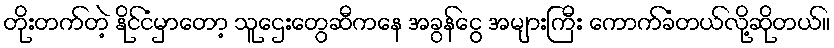
တိုးတက်တဲ့ နိုင်ငံမှာတော့ သူဌေးတွေဆီကနေ အခွန်ငွေ အများကြီး ကောက်ခံတယ်လို့ဆိုတယ်။